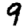
Digit: 9